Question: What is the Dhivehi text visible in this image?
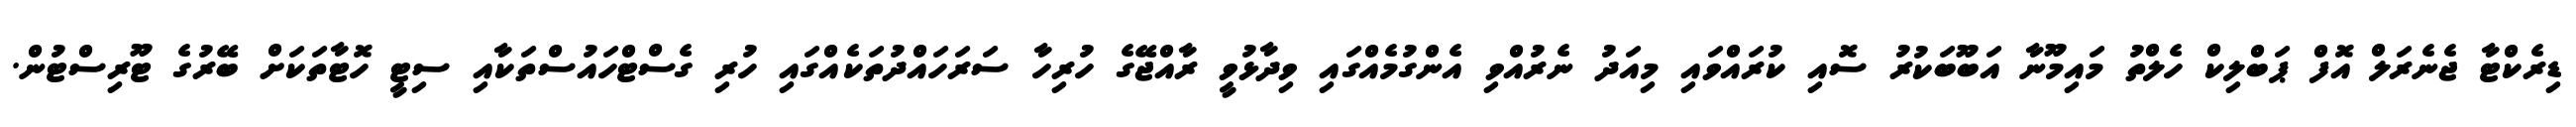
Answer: ޑިރެކްޓާ ޖެނެރަލް އޮފް ޕަބްލިކް ހެލްތު މައިމޫނާ އަބޫބަކުރު ސޮއި ކުރައްވައި މިއަދު ނެރުއްވި އެންގުމެއްގައި ވިދާޅުވީ ރާއްޖޭގެ ހުރިހާ ސަރަހައްދުތަކެއްގައި ހުރި ގެސްޓްހައުސްތަކާއި ސިޓީ ހޮޓާތަކަށް ބޭރުގެ ޓޫރިސްޓުން.